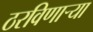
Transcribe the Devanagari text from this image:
ठरविणार्‍या